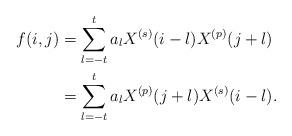
LaTeX: \begin{align*}f(i,j)&=\sum_{l=-t}^{t} a_l X^{(s)}(i-l)X^{(p)}(j+l)\\&=\sum_{l=-t}^{t} a_l X^{(p)}(j+l)X^{(s)}(i-l).\end{align*}